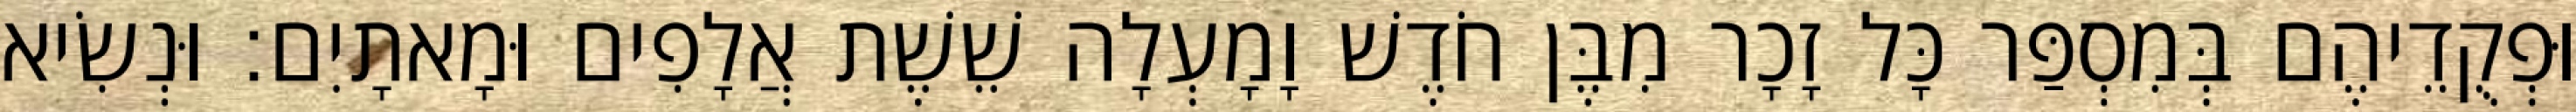
וּפְקֻדֵיהֶם בְּמִסְפַּר כָּל זָכָר מִבֶּן חֹדֶשׁ וָמָעְלָה שֵׁשֶׁת אֲלָפִים וּמָאתָיִם׃ וּנְשִׂיא